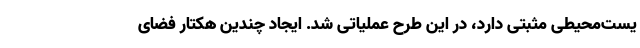
یست‌محیطی مثبتی دارد، در این طرح عملیاتی شد. ایجاد چندین هکتار فضای